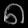
Digit: ၈